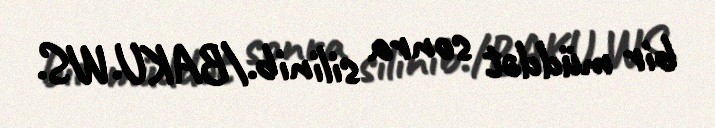
bir müddət sonra silinib./BAKU.WS.